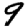
Digit: 9